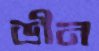
ডীন